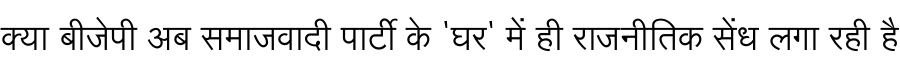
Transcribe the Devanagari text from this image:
क्या बीजेपी अब समाजवादी पार्टी के 'घर' में ही राजनीतिक सेंध लगा रही है